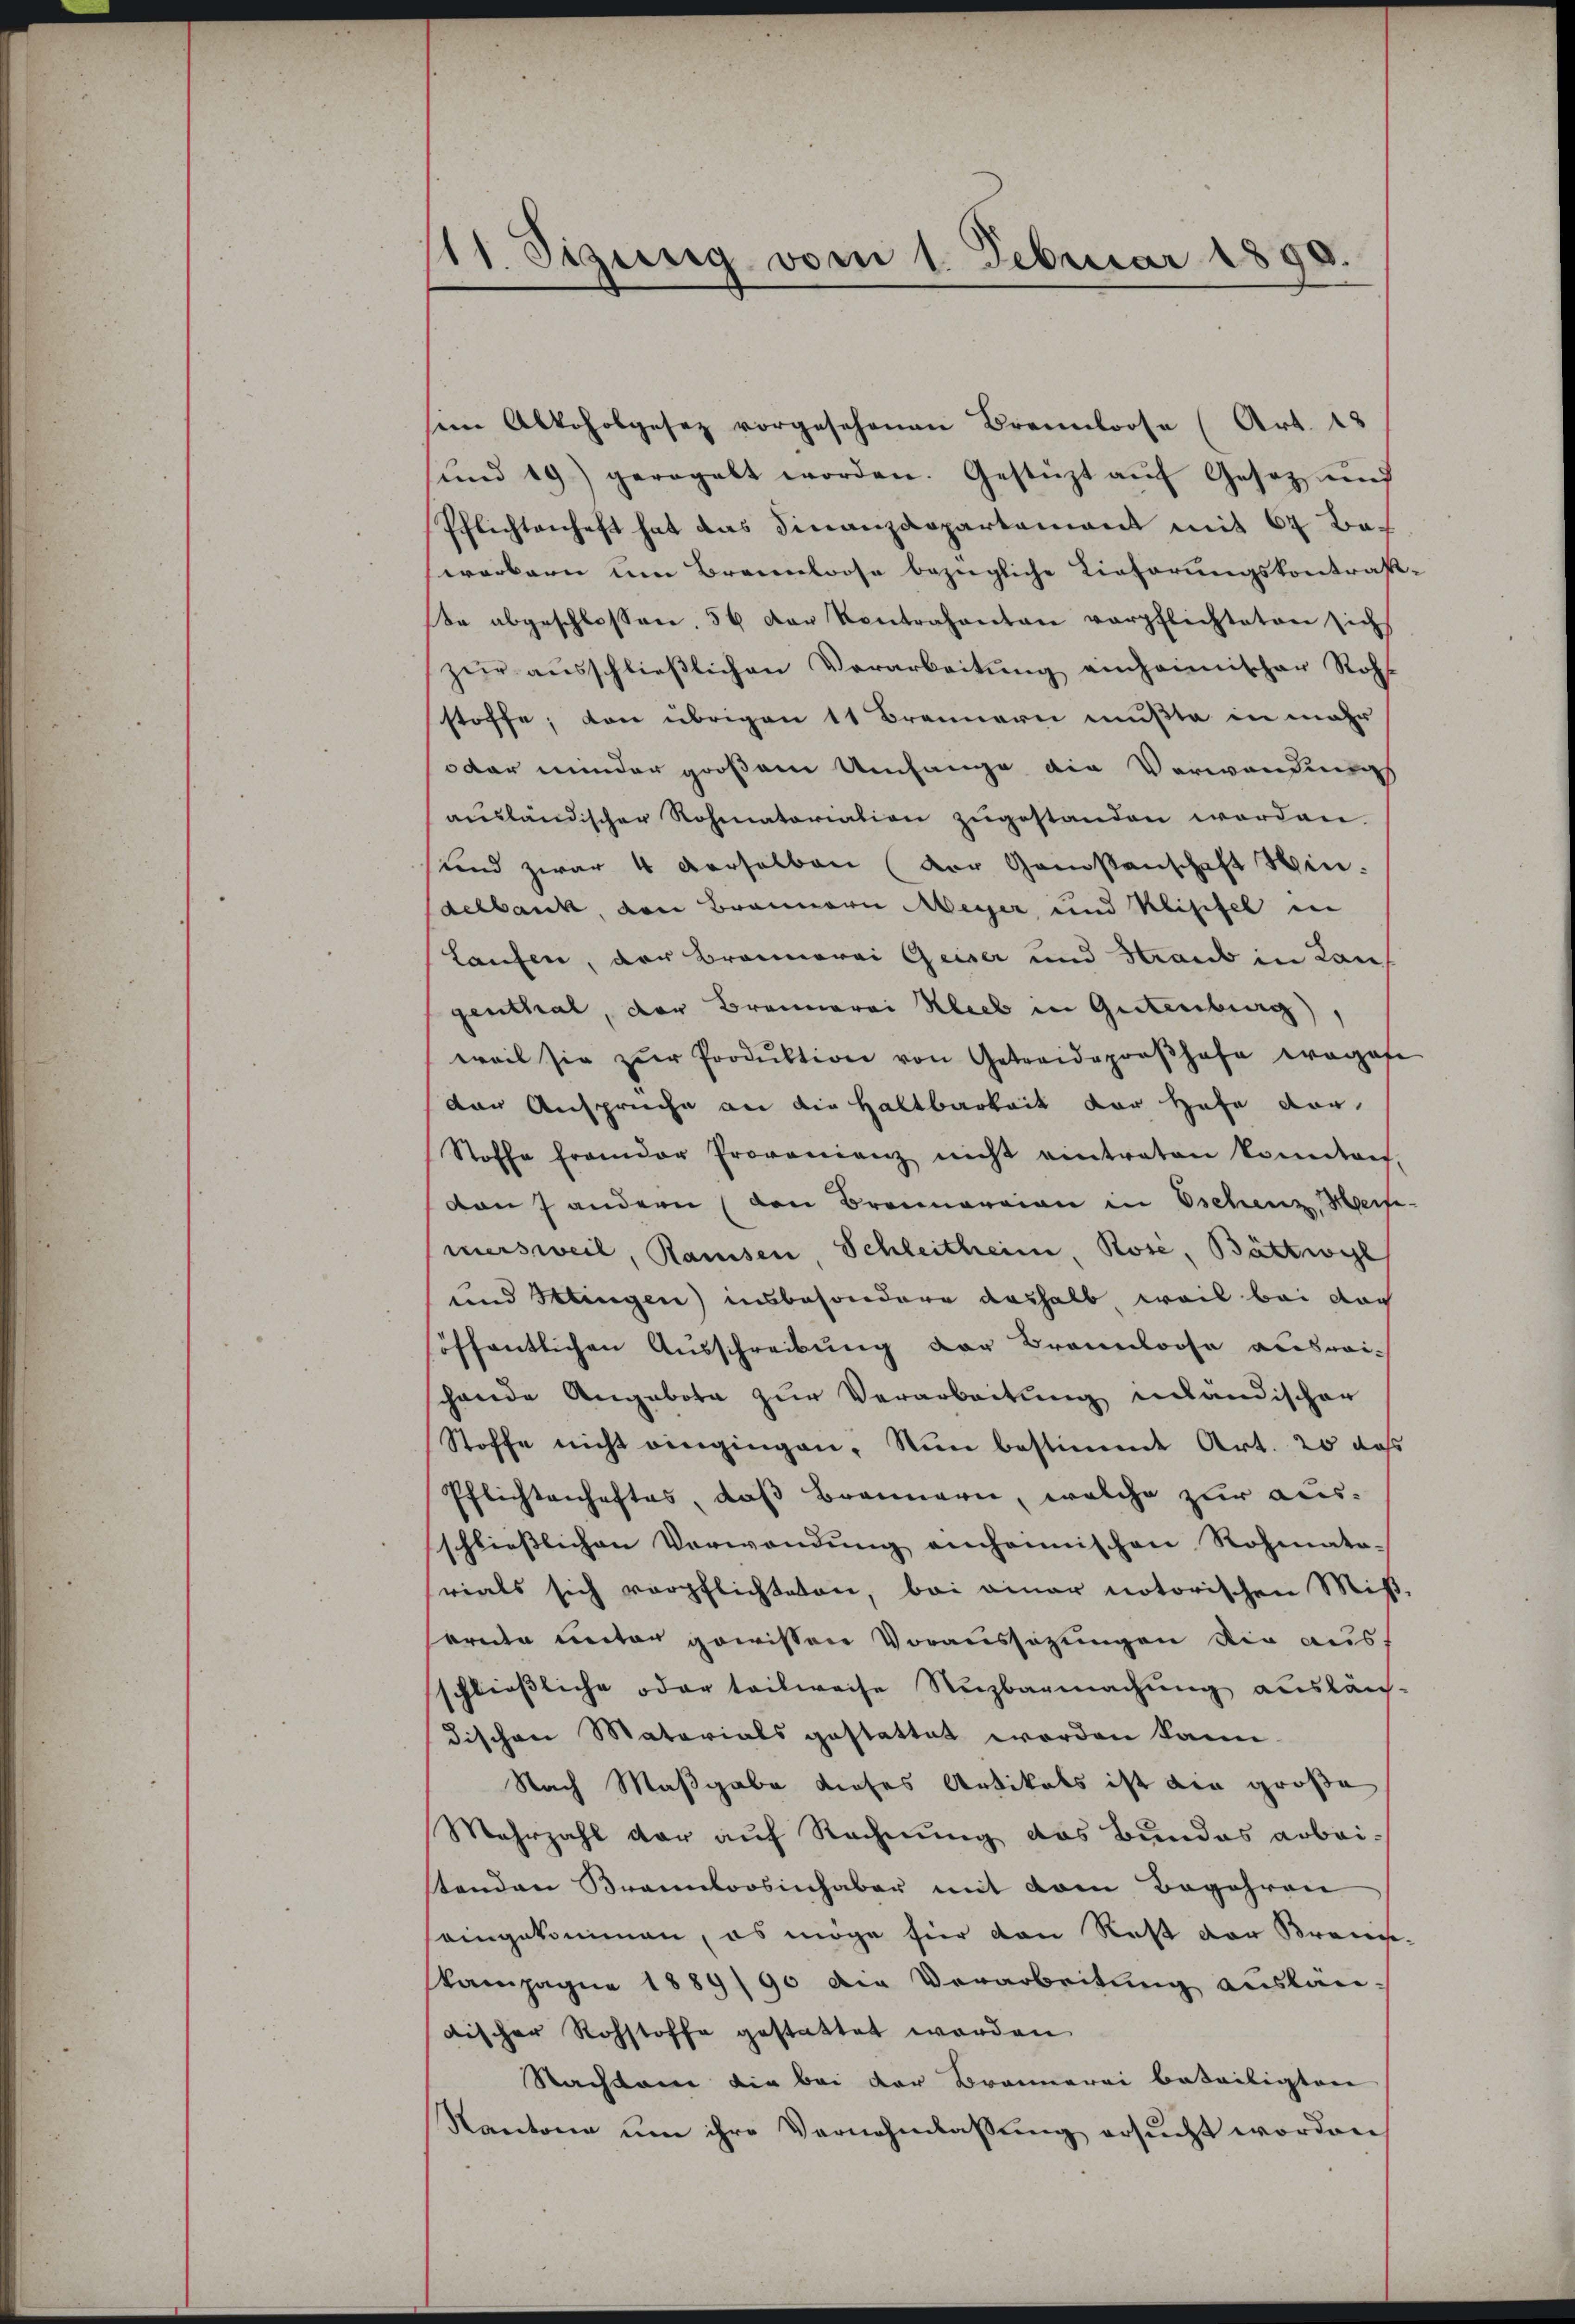
11. Sigung vom 1. Februar 1890

sein Alkoholgesetz vorgesehenen Brennboose (Art. 18
und 19) geregelt worden. Gestüzt aŭf Gesetz und
Pflichtenhaft hat das Finanzdepartement mit 67 Bewerkern um Brennloose bezügliche Lieferungskontras
te abgeschlossen. 56 der Kontrahenten verpflichteten sich
zur ausschließlichen Verarbeitung einheimischer Rohs
stoffe; von übrigen 11 Brennern mußte in mehr
oder minder großem Umfange die Verwendungs
ausländischer Rohmatoriation zugestanden worden.
sund zwar 4 derselben (der Genossenschaft Min.
delbank, von Brannern Meyer und Klisifel in
Laufen, der Brannorei Geiser und Straud in Lauf
genthal, der Brennerei Kleeb in Gutenburg)
weil sie zŭr Produktion von Getreideproβhafe wegese
der Anspruche an die Haltbarkeit der Hofe vor
Stoffe frander Provonienz nicht eintraten konnten.
von 7 andern (den Bremorian in Eschenz, Heise
mersweil, Ramsen, Schleitheim, Rose, Bättwyl
und Klingen) insbesondere deshalb weil bei nach
höffentlichen Ausschreibung der Brannoose ausreishande Angebote zur Verarbeitung inländischer
Stoffe nicht vingingen. Nun bestimmt Art. 20 das
Pflichtenhaftes, daß Brennern, welche zur aus-
schliesslichen Verwendung einheimischen Rohmato-
rials sich verpflichteten, bei einer notorischen Miβ,
ornte unter gewissen Voraussagungen die ausschließliche oder teilweise Nuzbarmachung ausläng-
dischen Materials gestattet worden kann.
Nach Maßgabe dieses Artikals ist die große
Mehrzahl dar auf Rechnung das Bundes arbeistenden Braunkoosinhaber mit dem Begehren
eingekommen, es möge für den Rest der Brance.
kampagne 1889/90 die Verarbeitung auslän-
discher Rohstoffe gestattet werden
Nachten die bei der Brannerei beteiligten
Kantone um ihre Vernehmlassung ersucht worden,